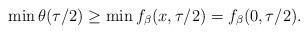
LaTeX: \begin{align*}\min\theta(\tau/2)\geq\min f_{\beta}(x,\tau/2)=f_{\beta}(0,\tau/2).\end{align*}